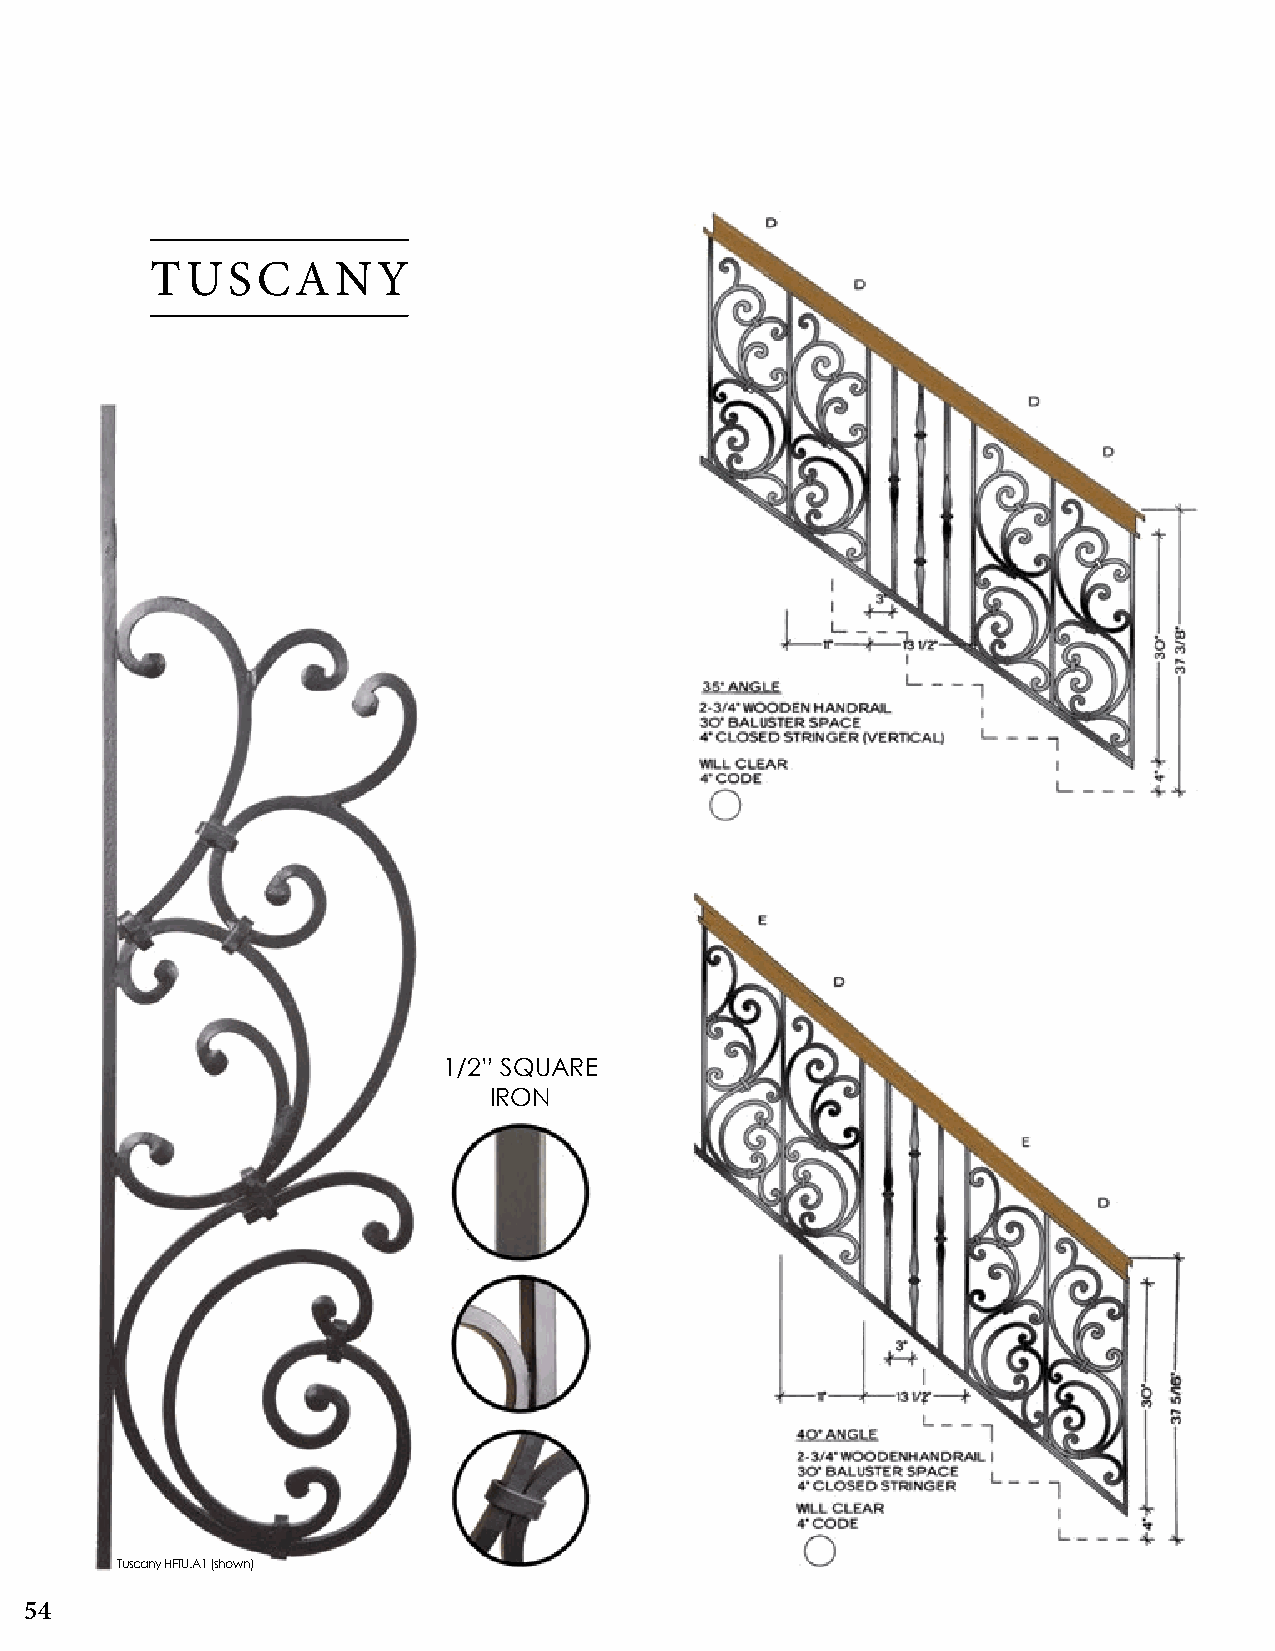
TUSCANY
 1/2” SQUARE
 IRON
 Tuscany HFTU.A1 (shown)
 All panels are stocked in primed black, powdercoating or faux painting is available by special order U.S. Pat. No. 5,827,111 & No. 6,059,269
 54